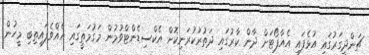
ޗަންދީގަރުގައި އުޅެފައި އެއާޕޯޓަށް ދާން ކާރުގައި ދަތުރުކުރަނިކޮށް އެކްސިޑެންޓްވުމުން މަގުމަތީގައި އެއްވެފައިތިބި މީހުން